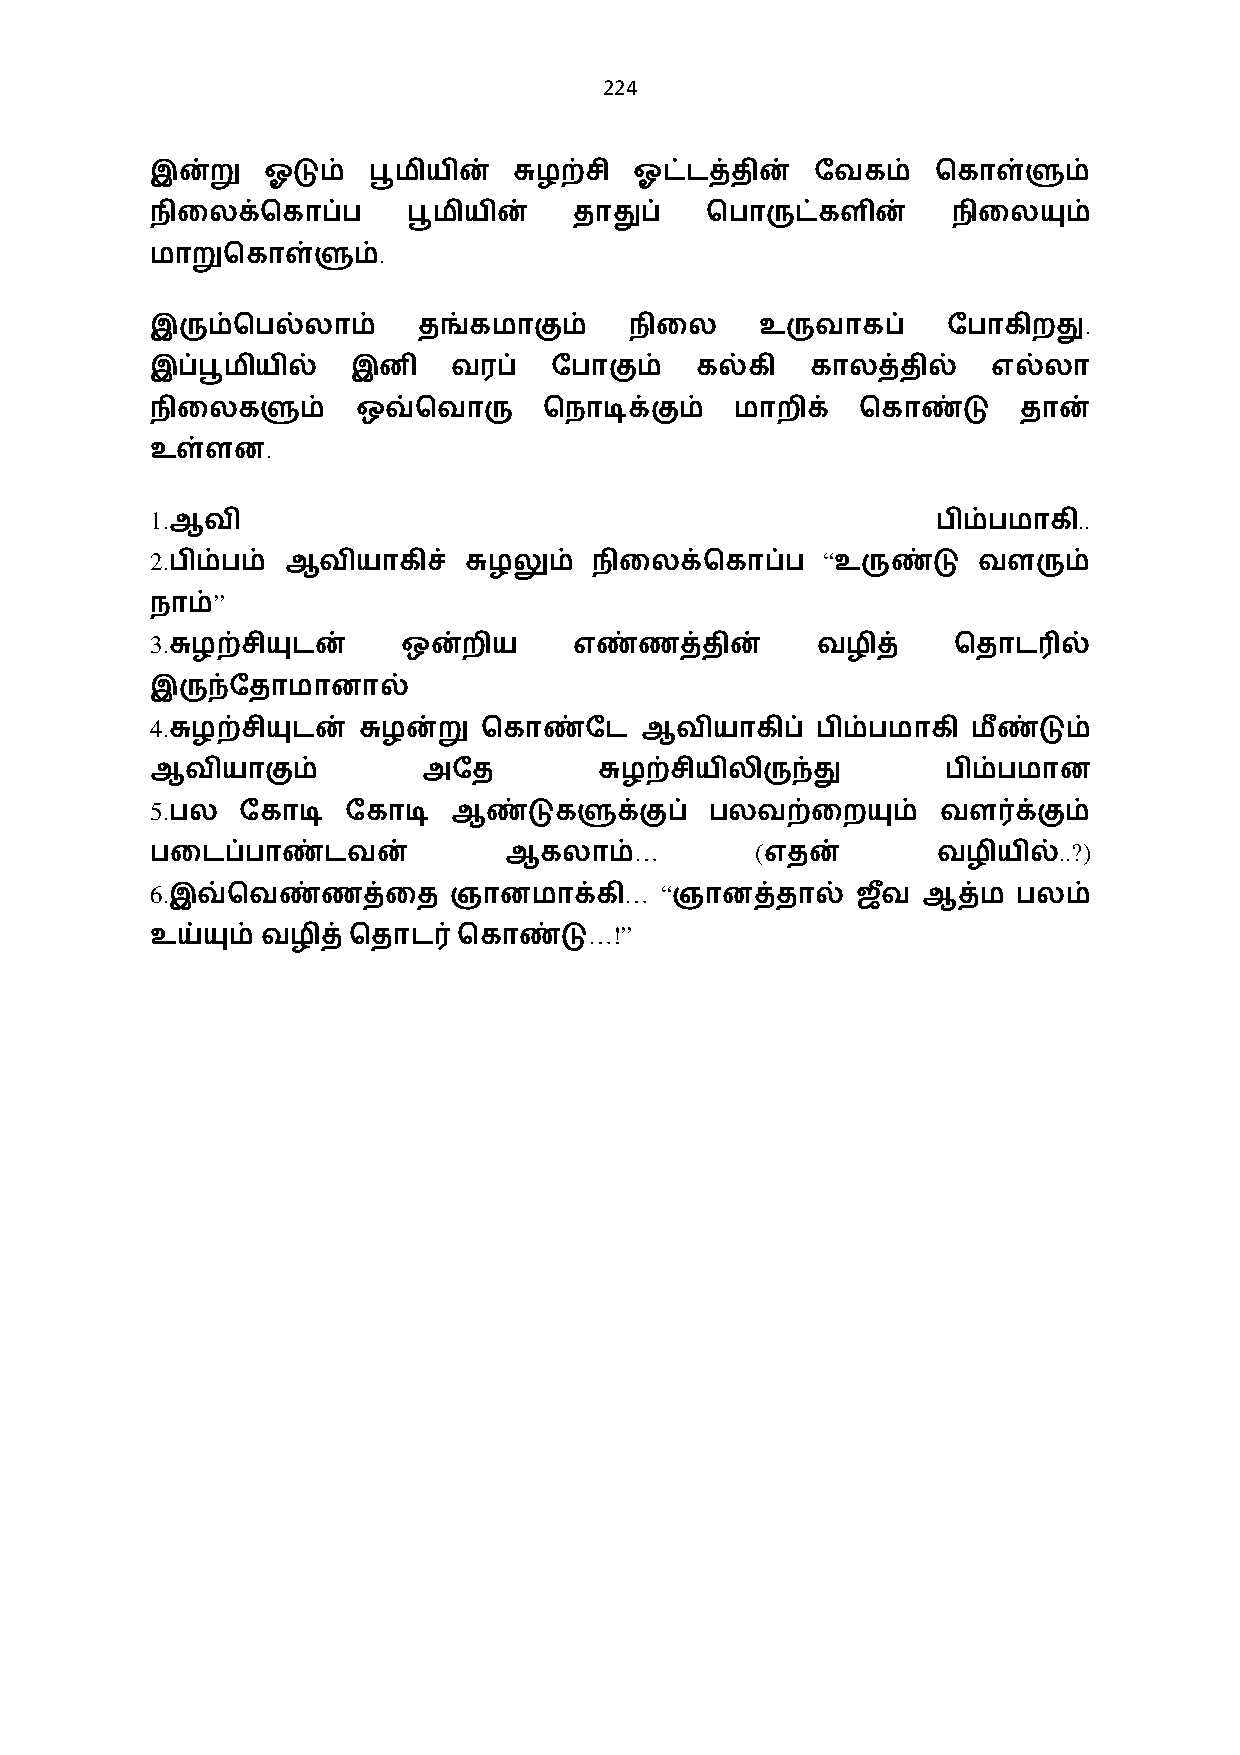
224
 இன்று  ஓடும்  பூமியின்  சுழற்சி ஓட்டத்தின்  ேவகம்   ெகாள்ளும்
 நிைலக்ெகாப்ப     பூமியின்   தாதுப்   ெபாருட்களின்    நிைலயும்
 .
 மாறுெகாள்ளும்
 .
 இரும்ெபல்லாம்     தங்கமாகும்    நிைல    உருவாகப்     ேபாகிறது
 இப்பூமியில்  இனி    வரப்  ேபாகும்   கல்கி   காலத்தில்   எல்லா
 நிைலகளும்     ஒவ்ெவாரு    ெநாடிக்கும்  மாறிக்  ெகாண்டு    தான்
 .
 உள்ளன
 1.                                                           ..
 ஆவி                                                பிம்பமாகி
 2.                                          “
 பிம்பம் ஆவியாகிச்   சுழலும் நிைலக்ெகாப்ப    உருண்டு   வளரும்
 ”
 நாம்
 3.
 சுழற்சியுடன்    ஒன்றிய     எண்ணத்தின்      வழித்    ெதாட3ல்
 இருந்ேதாமானால்
 4.
 சுழற்சியுடன் சுழன்று ெகாண்ேட   ஆவியாகிப்   பிம்பமாகி மீண்டும்
 ஆவியாகும்         அேத         சுழற்சியிலிருந்து      பிம்பமான
 5.
 பல   ேகாடி  ேகாடி  ஆண்டுகளுக்குப்   பலவற்ைறயும்    வள0க்கும்
 …       (                   ..?)
 பைடப்பாண்டவன்          ஆகலாம்            எதன்       வழியில்
 6.                             …  “
 இவ்ெவண்ணத்ைத       ஞானமாக்கி     ஞானத்தால்    ஜவ+ ஆத்ம  பலம்
 …!”
 உய்யும்வழித்ெதாட0   ெகாண்டு